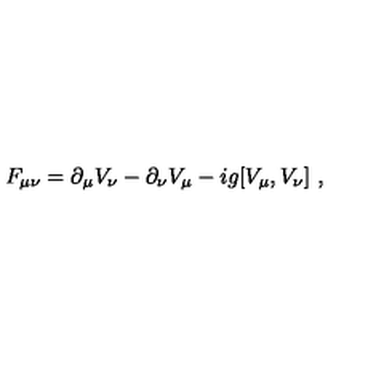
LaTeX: F _ { \mu \nu } = \partial _ { \mu } V _ { \nu } - \partial _ { \nu } V _ { \mu } - i g [ V _ { \mu } , V _ { \nu } ] \ ,